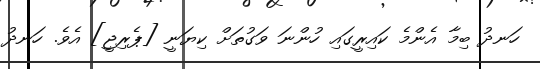
ހަނދު ބިމާ އެންމެ ކައިރީގައި ހުންނަ ވަގުތަށް ކިޔަނީ [ޕެރިޖީ] އެވެ. ހަނދު